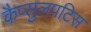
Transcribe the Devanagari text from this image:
कैप्सुलपटिस